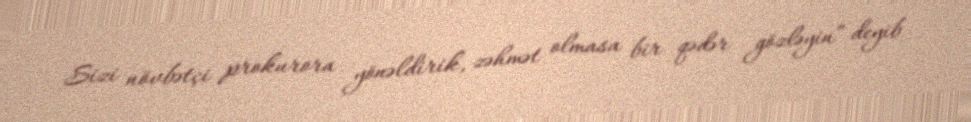
Sizi növbətçi prokurora yönəldirik, zəhmət olmasa bir qədər gözləyin” deyib